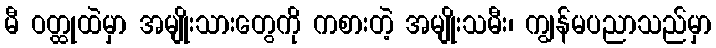
မီ ဝတ္ထုထဲမှာ အမျိုးသားတွေကို ကစားတဲ့ အမျိုးသမီး၊ ကျွန်မပညာသည်မှာ